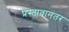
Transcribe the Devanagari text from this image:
प्रस्तावानंतर